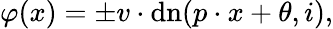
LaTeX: \varphi(x)=\pm v\cdot\mathrm{{dn}}(p\cdot x+\theta,i),